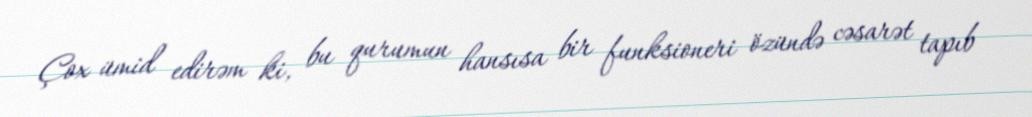
Çox ümid edirəm ki, bu qurumun hansısa bir funksioneri özündə cəsarət tapıb